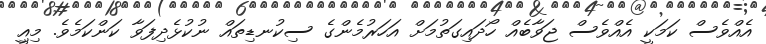
އެއްވެސް ކަމަކީ އެއްވެސް ޖަވާބެއް ހޯދައިގަތުމަށް އަހަރުމެންގެ ސިކުނޑިތައް ނުކުޅެދިފަވާ ކަންކަމެވެ. މިއިީ